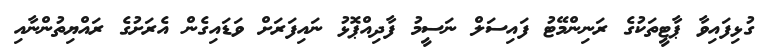
ގުޅިފައިވާ ޕާޓީތަކުގެ ރަނިންމޭޓު ފައިސަލް ނަސީމު ފާދިއްޕޮޅު ނައިފަރަށް ވަޑައިގެން އެރަށުގެ ރައްޔިތުންނާއި